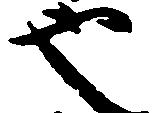
也